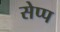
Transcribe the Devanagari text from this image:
सेप्प